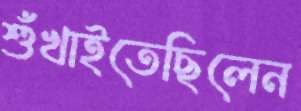
শুঁখাইতেছিলেন